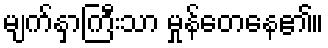
မျက်နှာကြီးသာ မှုန်တေနေ၏။